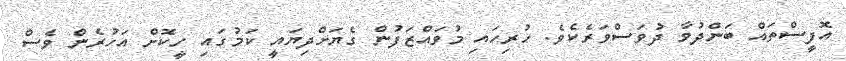
އޮފީސްތައް ބަންދުވާ ދުވަސްވަރެކެވެ. ހުރިހައި މުވައްޒަފުން ގެޔަށްދިޔައީ ކަމުގައި ހީކޮށް އަހުރެން ވެސް